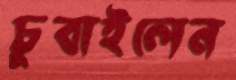
চুবাইলেন